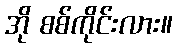
အို စစ်ကိုင်းလား။